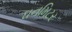
ઘનમિટર